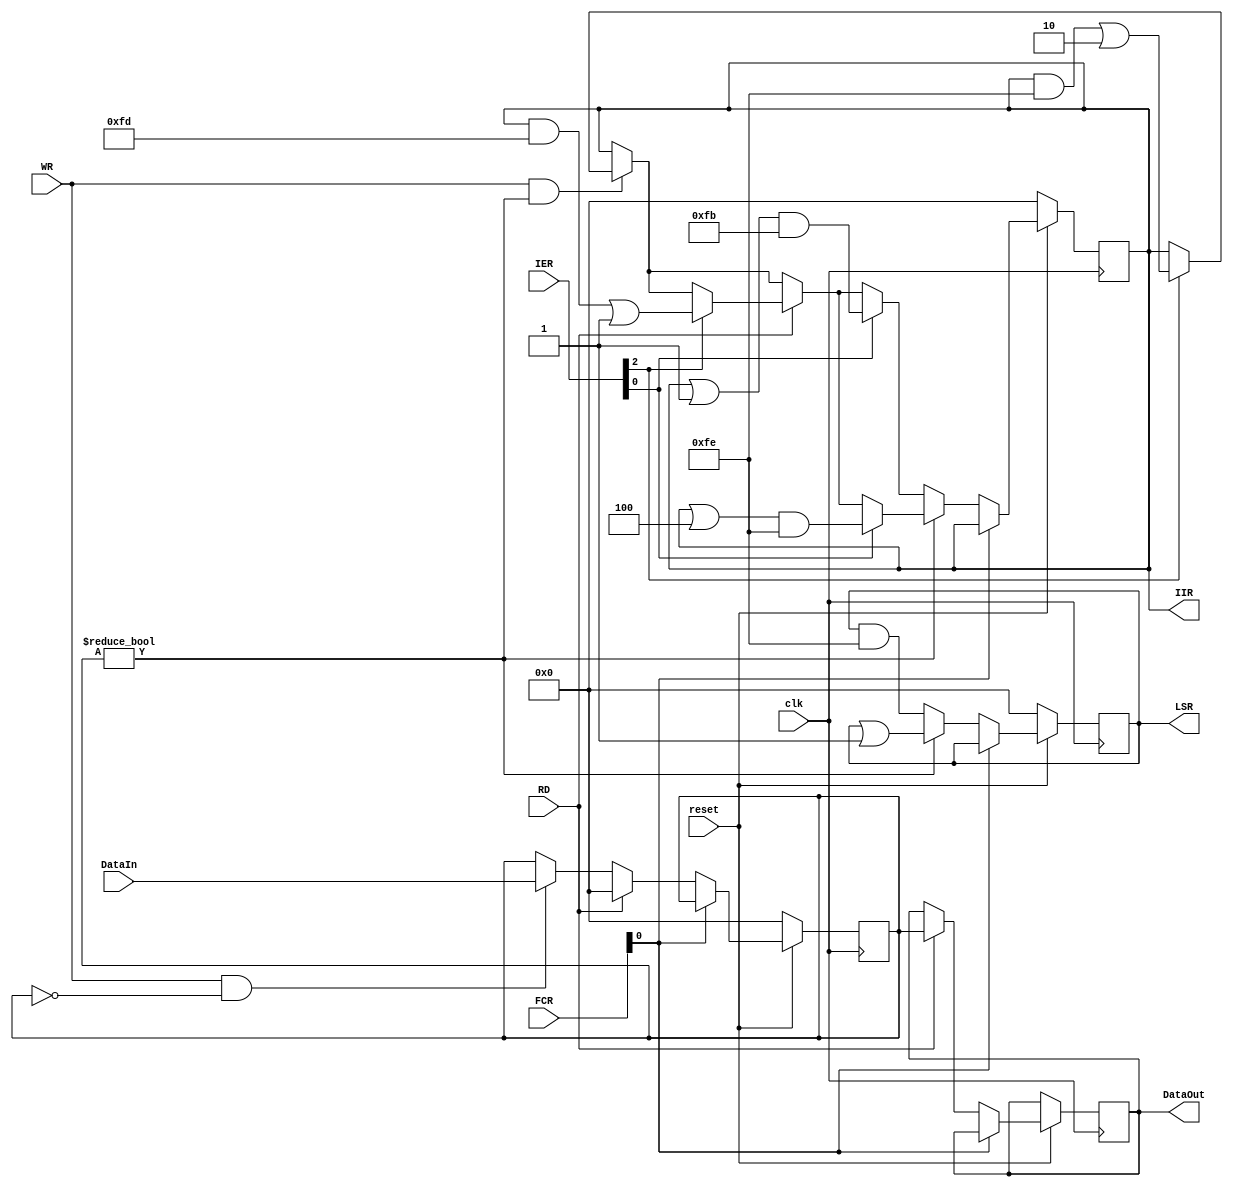
`timescale 1ns / 1ps
//////////////////////////////////////////////////////////////////////////////////
// Company: 
// Engineer: 
// 
// Design Name: 
// Module Name:    Register_R 
// Project Name: 
// Target Devices: 
// Tool versions: 
// Description: 
//
// Dependencies: 
//
// Revision: 
// Revision 0.01 - File Created
// Additional Comments: 
//
//////////////////////////////////////////////////////////////////////////////////
module Register_R(clk,reset,WR,RD,DataIn,DataOut,FCR,IER,IIR,LSR);

input clk;
input reset;
input WR;
input RD;
input [7:0] DataIn;
input [7:0] IER;
input [7:0] FCR;

output reg [7:0] DataOut;
output reg [7:0] IIR;
output reg [7:0] LSR;

reg [7:0] RDR;

initial LSR = 8'b00000000;
initial IIR = 8'b00000000;

always @(posedge clk) 
begin
    if (~reset) 
	 begin
        RDR <= 8'b0;
        LSR <= 8'b0;
        IIR <= 8'b0;
    end 
	 
	 else if(FCR[0]==0)
	 begin
        if (WR && RDR == 8'd0)
		  begin
            RDR <= DataIn;
        end

        if (WR && RDR != 8'd0) 
		  begin
           LSR <= LSR | 8'b00000010; // overrun error
			  if (IER[2]==1)                 // Receiver line status interrupt
					begin
					 IIR <= (IIR & 8'b11111110) | 8'b00000010;        // IIR[1]=1  Overun error pending
					end
        end
		  
        if (RD) 
		  begin
		      LSR <= LSR & 8'b11111101; // Overrun error is cleared once processor starts reading
				if (IER[2]==1)                 // Receiver line status interrupt
						  begin
						  IIR <= (IIR & 8'b11111101) | 8'b00000001;  // IIR[1]=1     Overun error resolved
						  end
            DataOut <= RDR;
				RDR <=0;
        end

        // Check if data is ready
        if (RDR != 8'b0) 
		  begin
		    LSR <= LSR | 8'b00000001; // Data ready
			 if(IER[0]==1)
			   begin
				IIR <= (IIR | 8'b00000100) & 8'b11111110; // Data is available in receiver FIFO enable interrupt pending
				end
		  end
		  else 
		  begin
		    LSR <= LSR & 8'b11111110; // Data is not ready
			 if(IER[0]==1)
				begin
				IIR <= (IIR | 8'b00000001) & 8'b11111011; // Data is not available in receiver FIFO
				end
		  end
    end
end

endmodule